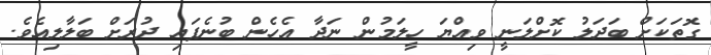
ގޮތަކަށް ބަދަލު ކޮށްލަނީ ވިއްޔަ ހީލަމުން ނަދާ އެހެން ބުނެފައި ދުރަށް ބަލާލިއެވެ.